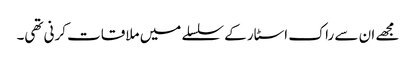
مجھے ان سے راک اسٹار کے سلسلے میں ملاقات کرنی تھی۔